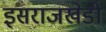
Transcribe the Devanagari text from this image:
इसराजखेडी